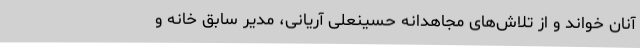
آنان خواند و از تلاش‌های مجاهدانه حسینعلی آریانی، مدیر سابق خانه و